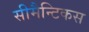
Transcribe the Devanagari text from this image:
सीमैन्टिकस